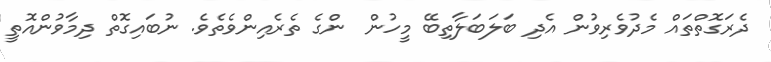
ދެރަގޮތްތައް މެދުވެރިވުން އެދި ބަލަބަލާތިބޭ މީހުން  ންގެ ތެރެއިންވެތެވެ. ނުބައިގޮތް ދިމާވުންއޮތީ